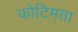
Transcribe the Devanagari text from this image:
कोटिमता